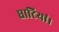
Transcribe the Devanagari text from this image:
घाटियां।